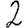
Digit: 2